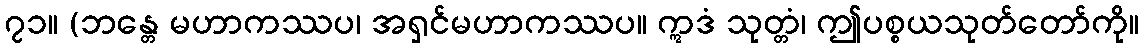
၇၁။ (ဘန္တေ မဟာကဿပ၊ အရှင်မဟာကဿပ။ ဣဒံ သုတ္တံ၊ ဤပစ္စယသုတ်တော်ကို။